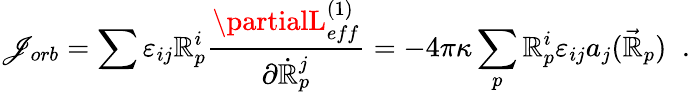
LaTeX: \mathscr{J}_{orb}=\sum\varepsilon_{ij}\mathbb{R}_{p}^{i}\frac{{\partialL_{eff}^{(1)}}}{{\partial\dot{{\mathbb{R}}}_{p}^{j}}}=-4\pi\kappa\sum_{p}\mathbb{R}_{p}^{i}\varepsilon_{ij}a_{j}(\vec{{\mathbb{R}}}_{p})\; \; .